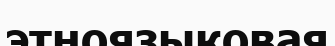
этноязыковая